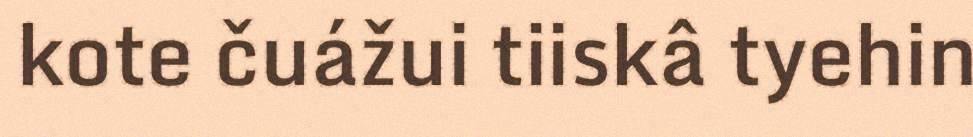
kote čuážui tiiskâ tyehin